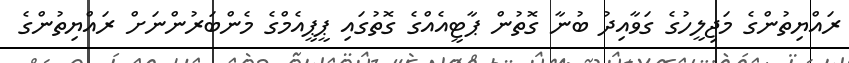
ރައްޔިތުންގެ މަޖިލީހުގެ ގަވާއިދު ބުނާ ގޮތުން ޕާޓީއެއްގެ ގޮތުގައި ޕީޕީއެމްގެ މެންބަރުންނަށް ރައްޔިތުންގެ